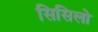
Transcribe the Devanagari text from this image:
सिसिलो